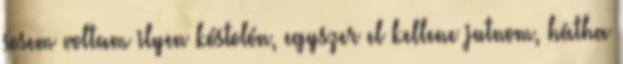
sosem voltam ilyen kóstolón, egyszer el kellene jutnom, hátha